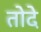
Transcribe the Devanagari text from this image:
तोदे